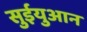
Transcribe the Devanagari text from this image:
सुईयुआन